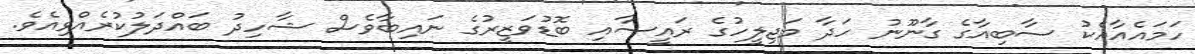
ހަމައެއާއެކު ސާބިއާގެ ގާނޫނު ހަދާ މަޖިލީހުގެ ރައީސާއި ބޮޑުވަޒީރުގެ ނައިބާވެސް ޝާހިދު ބައްދަލުކުރެއްވިއެވެ.